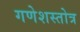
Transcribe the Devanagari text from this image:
गणेशस्तोत्र